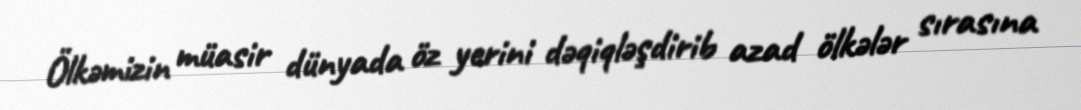
Ölkəmizin müasir dünyada öz yerini dəqiqləşdirib azad ölkələr sırasına